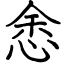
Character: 悆